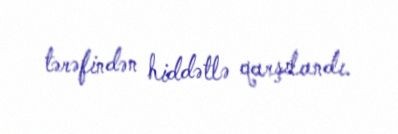
tərəfindən hiddətlə qarşılandı.